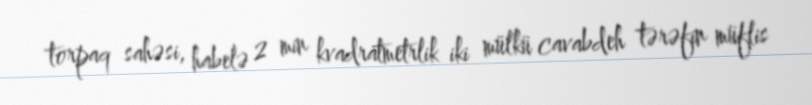
torpaq sahəsi, habelə 2 min kvadratmetrlik iki mülkü cavabdeh tərəfin müflis